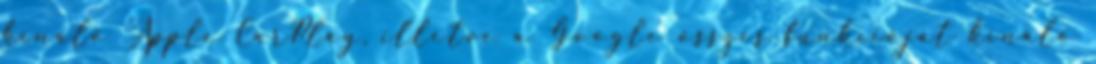
kínáló Apple CarPlay, illetve a Google összes funkcióját kínáló